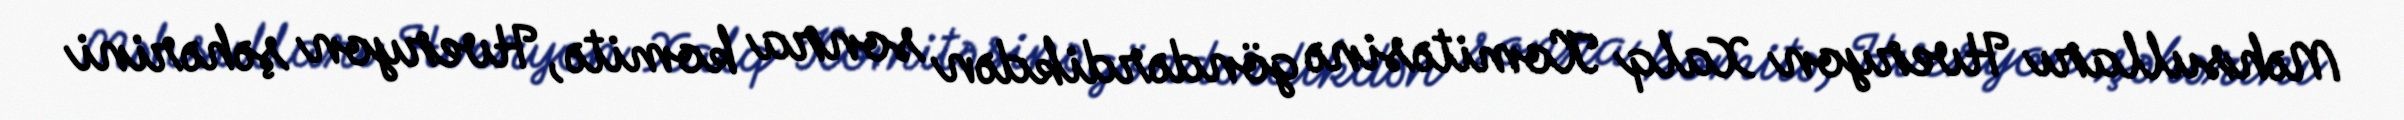
Məhsulları Hveryon Xalq Komitəsinə göndərdikdən sonra komitə, Hveryon şəhərini